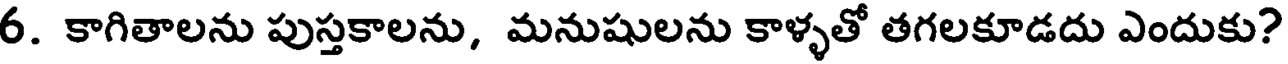
6. కాగితాలను పుస్తకాలను, మనుషులను కాళ్ళతో తగలకూడదు ఎందుకు?